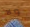
ولا